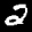
Label: 2